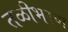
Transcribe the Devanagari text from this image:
तळीभरण